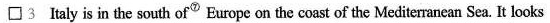
\Box 3 Italy is in the south of^{⑦} Europe on the coast of the Mediterranean Sea. It looks